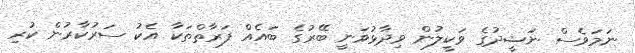
ނަމަވެސް ނަޝީދުގެ ވަކީލުން ވިދާޅުވަނީ ބޭރުގެ ބައެއް ފަރާތްތަކާ އެކު ސަރުކާރުން ކުރި